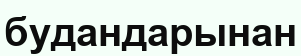
будандарынан